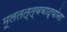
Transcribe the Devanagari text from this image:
मूलतत्त्ववाद्यांना